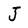
Character: J